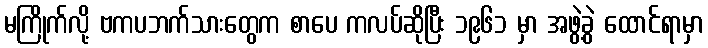
မကြိုက်လို့ ဗကပဘက်သားတွေက စာပေ ကလပ်ဆိုပြီး ၁၉၆၁ မှာ အဖွဲ့ခွဲ ထောင်ရာမှာ